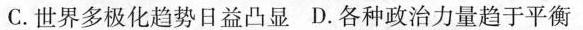
C.世界多极化趋势日益凸显D.各种政治力量趋于平衡